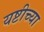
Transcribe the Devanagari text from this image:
यष्टीच्या